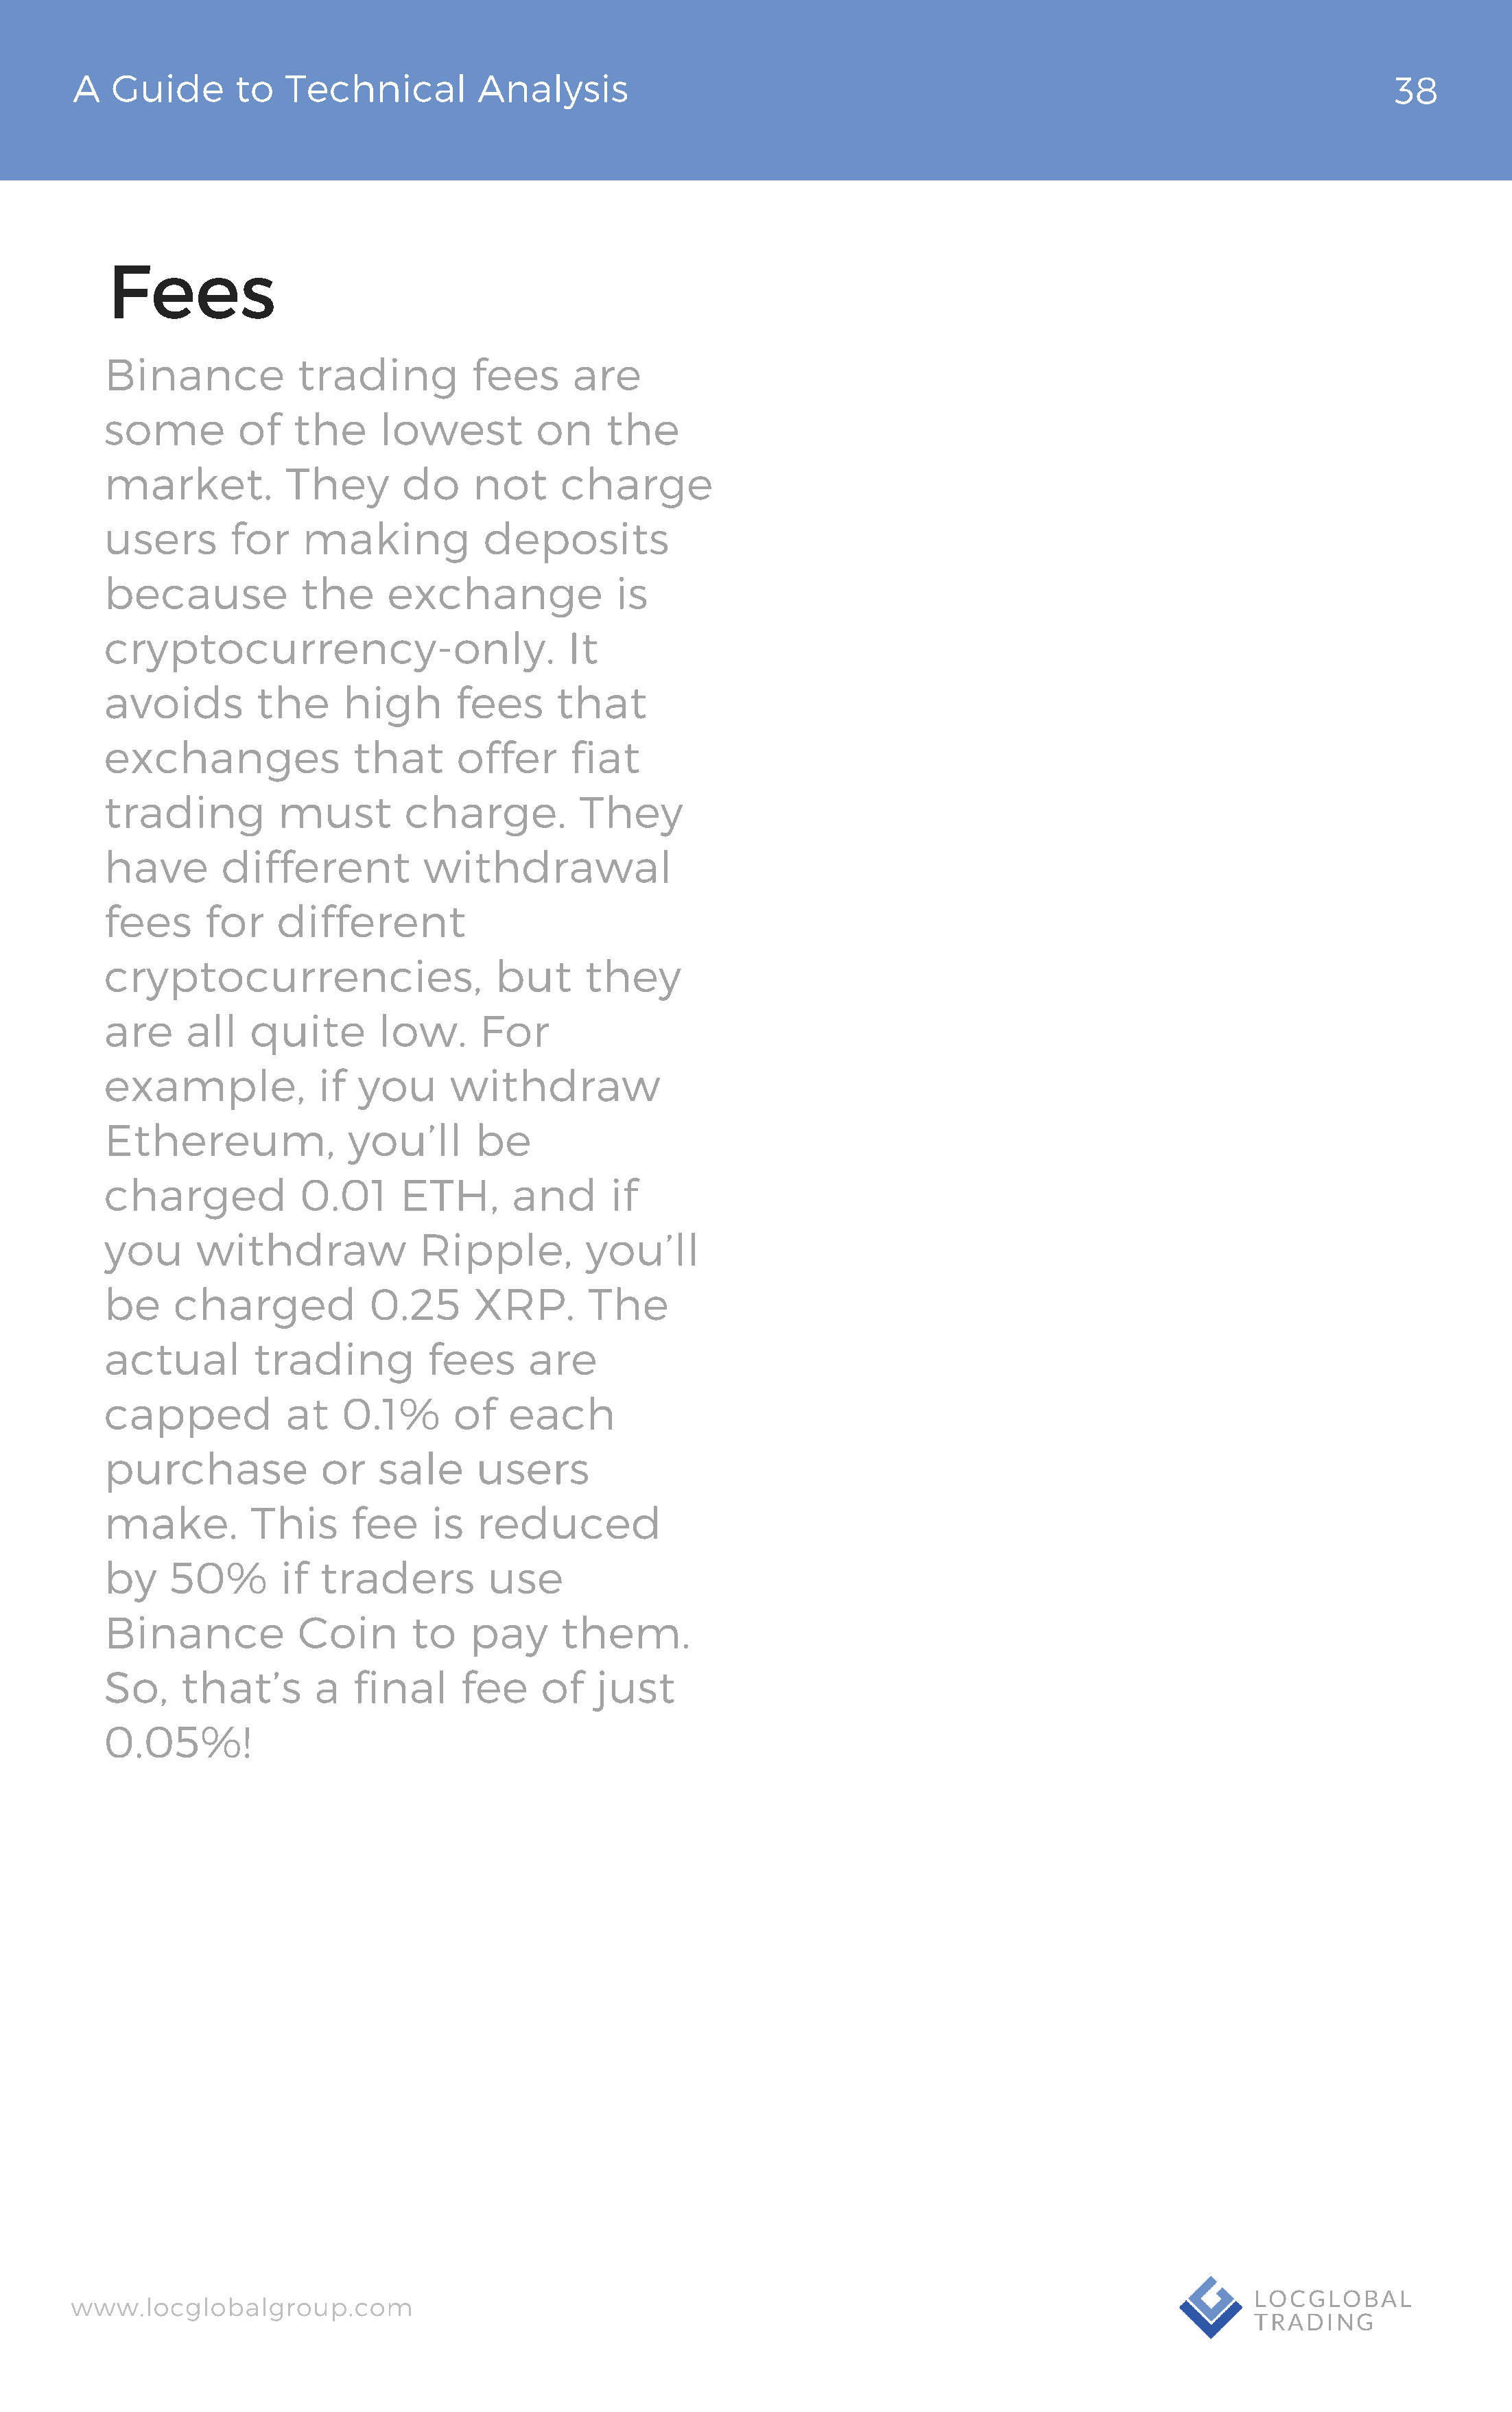
AA  GGuuiiddee  ttoo TTeecchhnniiccaall AAnnaallyyssiiss                                                                        3382
 Fees
 Binance            trading          fees     are
 some         of   the      lowest         on    the
 market.           They       do     not     charge
 users       for    making            deposits
 because            the     exchange              is
 cryptocurrency-only.                         It
 avoids         the     high       fees      that
 exchanges               that      offer      fiat
 trading          must        charge.          They
 have       different           withdrawal
 fees      for    different
 cryptocurrencies,                     but     they
 are     all   quite        low.     For
 example,             if  you     withdraw
 Ethereum,               you’ll      be
 charged            0.01      ETH,      and       if
 you      withdraw             Ripple,         you’ll
 be     charged            0.25      XRP.       The
 actual        trading          fees      are
 capped            at   0.1%       of   each
 purchase             or   sale      users
 make.         This      fee     is  reduced
 by    50%        if  traders         use
 Binance            Coin       to   pay      them.
 So,    that’s       a   final     fee     of    just
 0.05%!
 wwwwww..llooccgglloobbaallggrroouupp..ccoomm                                                                      LLOOCCGGLLOOBBAALL
 TTRRAADDIINNGG